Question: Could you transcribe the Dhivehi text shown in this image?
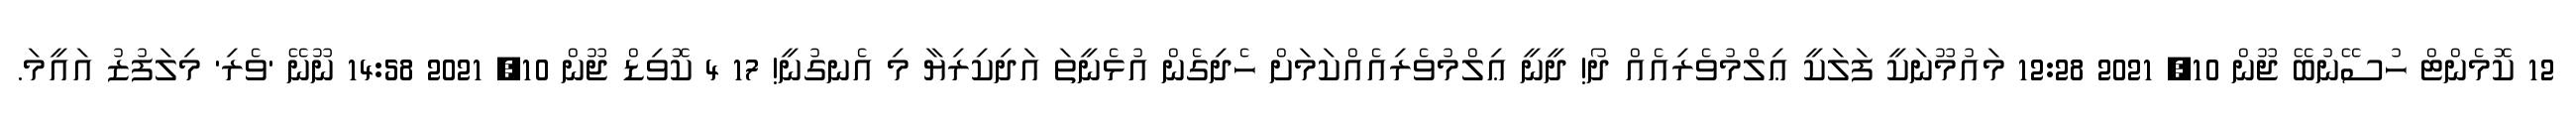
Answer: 12 ކޮމެންޓް ހުސޭނުބޭ ޖޫން 10, 2021 12:28 މައުމޫނަކީ ފަލަކީ ޢިލްމުވެރިއެއް ދޯ! ދީނީ ޢިލްމުވެރިއެއްކަމަށް ހެދިގެން އުޅެނީތަ އަދިކިރިޔާ މި އެނގުނީ! 17 4 ކޮވިޑް ޖޫން 10, 2021 14:58 ނޫނޭ 'ވެރި' މިލަފުޒު އައީމަ.